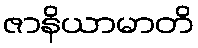
ဇာနိယာမာတိ